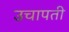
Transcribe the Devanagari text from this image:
उचापती